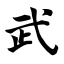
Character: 武